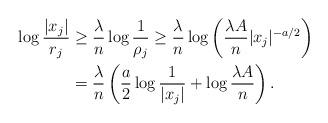
LaTeX: \begin{align*} \log \frac{|x_j|}{r_j} &\ge \frac\lambda{n} \log \frac1{\rho_j} \ge \frac\lambda{n} \log \left(\frac{\lambda A}n |x_j|^{-a/2}\right)\\&= \frac\lambda{n} \left(\frac{a}{2} \log \frac1{|x_j|} + \log \frac{\lambda A}n\right).\end{align*}